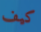
كيف